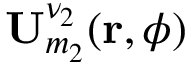
{ \bf U } _ { m _ { 2 } } ^ { \nu _ { 2 } } ( { \bf r } , \phi )